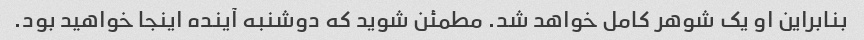
بنابراین او یک شوهر کامل خواهد شد. مطمئن شوید که دوشنبه آینده اینجا خواهید بود.